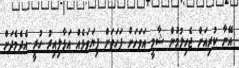
އޭނާ ކުރިއަށް ޖެހިލުމުން ޝާމީ އަވަހަށް ފަހަތަށް ފިޔަވަޅެއް އަޅާލިއިރު ހުރީ އެދެމެދަށް